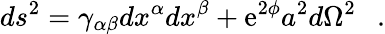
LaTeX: ds^{2}=\gamma_{\alpha\beta}dx^{\alpha}dx^{\beta}+\mathrm{e}^{2\phi}a^{2}d\Omega^{2}~~~.